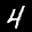
Label: 4